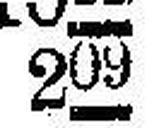
209